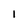
Character: I